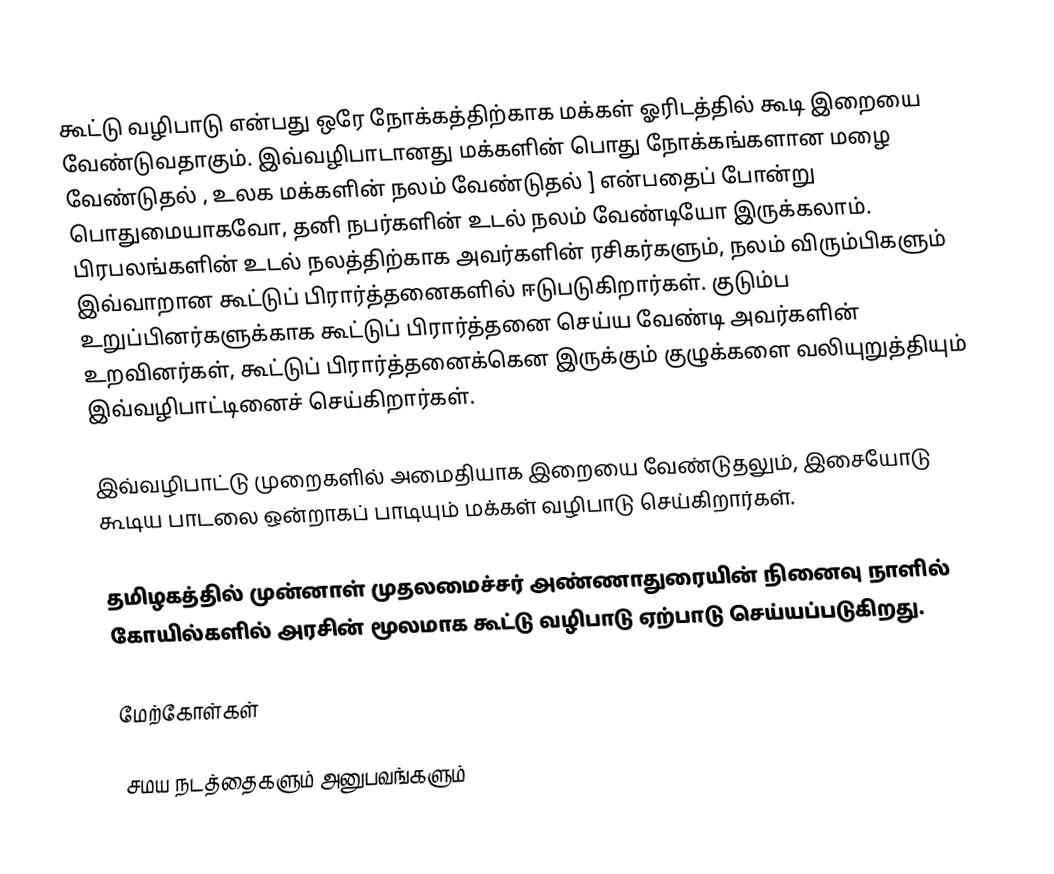
கூட்டு வழிபாடு என்பது ஒரே நோக்கத்திற்காக மக்கள் ஓரிடத்தில் கூடி இறையை வேண்டுவதாகும். இவ்வழிபாடானது மக்களின் பொது நோக்கங்களான மழை வேண்டுதல் , உலக மக்களின் நலம் வேண்டுதல் ] என்பதைப் போன்று பொதுமையாகவோ, தனி நபர்களின் உடல் நலம் வேண்டியோ இருக்கலாம். பிரபலங்களின் உடல் நலத்திற்காக அவர்களின் ரசிகர்களும், நலம் விரும்பிகளும் இவ்வாறான கூட்டுப் பிரார்த்தனைகளில் ஈடுபடுகிறார்கள். குடும்ப உறுப்பினர்களுக்காக கூட்டுப் பிரார்த்தனை செய்ய வேண்டி அவர்களின் உறவினர்கள், கூட்டுப் பிரார்த்தனைக்கென இருக்கும் குழுக்களை வலியுறுத்தியும் இவ்வழிபாட்டினைச் செய்கிறார்கள்.

இவ்வழிபாட்டு முறைகளில் அமைதியாக இறையை வேண்டுதலும், இசையோடு கூடிய பாடலை ஒன்றாகப் பாடியும் மக்கள் வழிபாடு செய்கிறார்கள்.

தமிழகத்தில் முன்னாள் முதலமைச்சர் அண்ணாதுரையின் நினைவு நாளில் கோயில்களில் அரசின் மூலமாக கூட்டு வழிபாடு ஏற்பாடு செய்யப்படுகிறது.

மேற்கோள்கள்

சமய நடத்தைகளும் அனுபவங்களும்